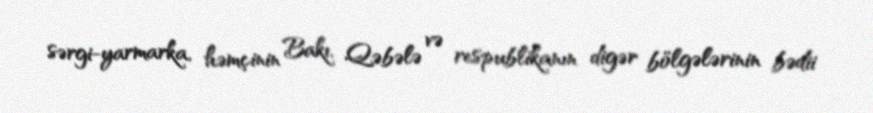
sərgi-yarmarka, həmçinin Bakı, Qəbələ və respublikanın digər bölgələrinin bədii